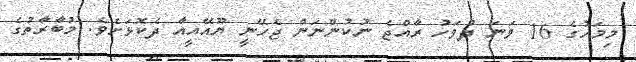
މިމަހުގެ 16 ވަނަ ދުވަހު ރާއްޖެ ނުކުންނަން ޖެހޭނީ ޔޫއޭއީއާ ދެކޮޅަށެވެ. މުބާރާތުގެ